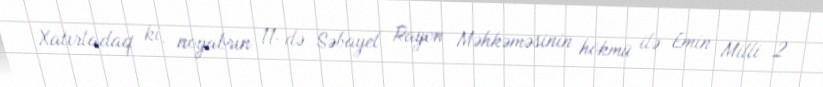
Xatırladaq ki, noyabrın 11-də Səbayel Rayon Məhkəməsinin hökmü ilə Emin Milli 2